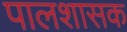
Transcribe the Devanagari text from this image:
पालशासक